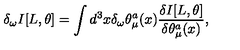
\delta _ { \omega } I [ L , \theta ] = \int d ^ { 3 } x \delta _ { \omega } \theta _ { \mu } ^ { a } ( x ) \frac { \delta I [ L , \theta ] } { \delta \theta _ { \mu } ^ { a } ( x ) } ,